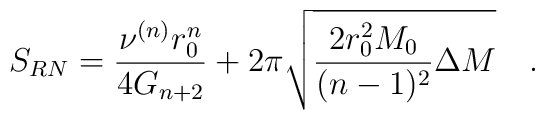
S_{RN}=\frac{\nu^{(n)}r_0^n}{4G_{n+2}}+2\pi\sqrt{\frac{2r_0^2M_0}{(n-1)^2}   \Delta M}   \quad .